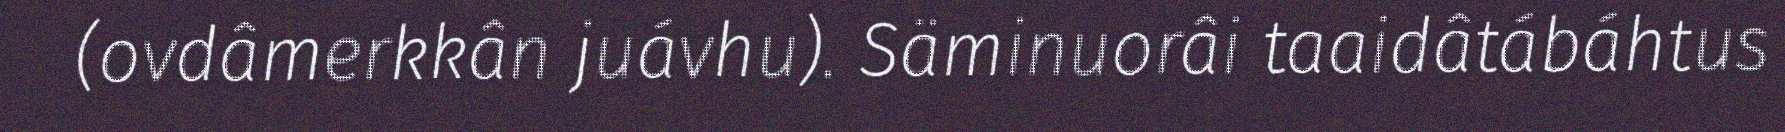
(ovdâmerkkân juávhu). Säminuorâi taaidâtábáhtus